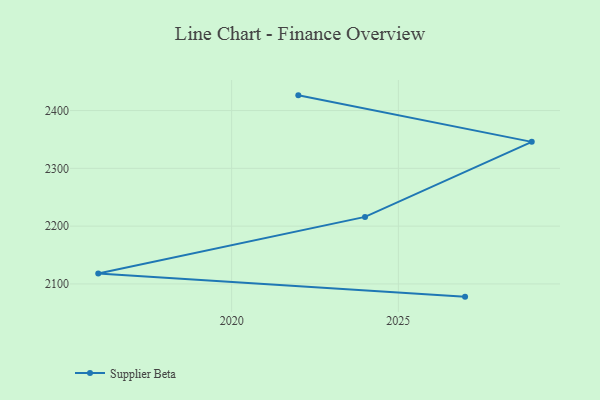
{"axis": {"x": "Year", "y": "Humidity (%)"}, "legend": ["Supplier Beta"], "data": [{"x": "2027", "y": 2078.0, "type": "Supplier Beta"}, {"x": "2016", "y": 2117.9, "type": "Supplier Beta"}, {"x": "2024", "y": 2216.0, "type": "Supplier Beta"}, {"x": "2029", "y": 2345.8, "type": "Supplier Beta"}, {"x": "2022", "y": 2426.3, "type": "Supplier Beta"}]}